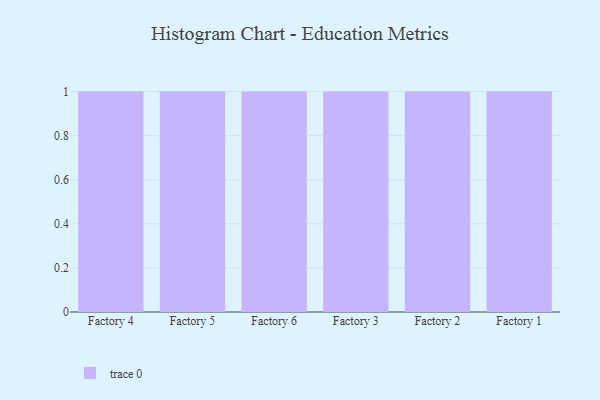
{"axis": {"x": "Factory", "y": "Revenue (USD Million)"}, "legend": [""], "data": [{"x": "Factory 4", "y": 8, "type": ""}, {"x": "Factory 5", "y": 62, "type": ""}, {"x": "Factory 6", "y": 53, "type": ""}, {"x": "Factory 3", "y": 71, "type": ""}, {"x": "Factory 2", "y": 25, "type": ""}, {"x": "Factory 1", "y": 49, "type": ""}]}